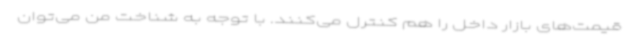
قیمت‌های بازار داخل را هم کنترل می‌کنند. با توجه به شناخت من می‌توان